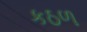
કઠળ